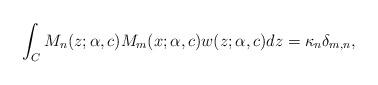
LaTeX: \begin{align*}\int_C M_n(z;\alpha,c) M_m(x;\alpha,c) w(z;\alpha,c)dz=\kappa_n \delta_{m,n},\end{align*}